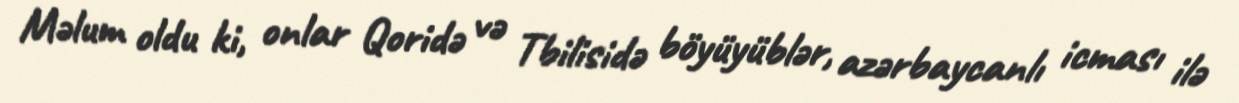
Məlum oldu ki, onlar Qoridə və Tbilisidə böyüyüblər, azərbaycanlı icması ilə